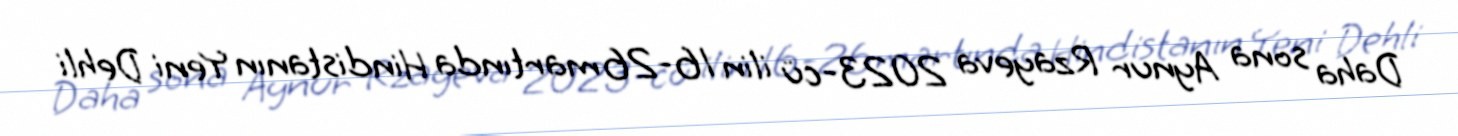
Daha sona Aynur Rzayeva 2023-cü ilin 16-26 martında Hindistanın Yeni Dehli